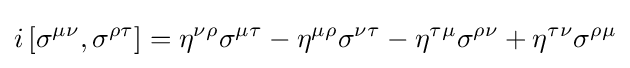
i\left[\sigma ^{\mu \nu },\sigma ^{\rho \tau }\right]=\eta ^{\nu \rho }\sigma ^{\mu \tau }-\eta ^{\mu \rho }\sigma ^{\nu \tau }-\eta ^{\tau \mu }\sigma ^{\rho \nu }+\eta ^{\tau \nu }\sigma ^{\rho \mu }